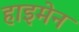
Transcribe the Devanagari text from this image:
हाइमेन